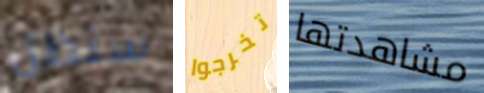
ستظل تخرجوا مشاهدتها